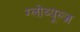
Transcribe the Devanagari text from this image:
ग्लोब्यूल्ज़